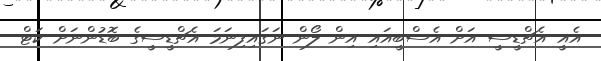
އެއީ އެޗްޑީސީ އަށް އެސްބީއައި އިން ލޯން ނަގައިފިނަމަ އެޗްްޑީސީގެ ބޮޑުންނަށް ކަޓް